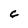
Character: 6